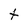
Character: t